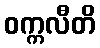
ဝက္ကလီတိ